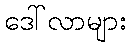
ဒေါ်လာများ